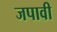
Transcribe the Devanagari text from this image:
जपावी